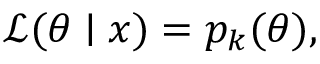
{ \mathcal { L } } ( \theta \mid x ) = p _ { k } ( \theta ) ,